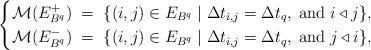
LaTeX: \begin{align*}\begin{cases}\mathcal{M}(E_{B^{q}}^+) \;=\; \{ (i,j) \in E_{B^{q}} \mid \Delta t_{i,j} = \Delta t_q, \; \mbox{and} \; i \triangleleft j \},\\\mathcal{M}(E_{B^{q}}^-) \;=\; \{ (i,j) \in E_{B^{q}} \mid \Delta t_{i,j} = \Delta t_q, \; \mbox{and} \; j \triangleleft i \},\\\end{cases}\end{align*}